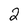
Character: 2